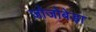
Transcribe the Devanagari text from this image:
जोजोबेड़ा